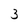
Character: 3